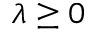
\lambda \geq 0